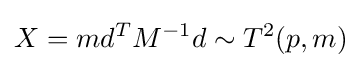
X=md^{T}M^{-1}d\sim T^{2}(p,m)